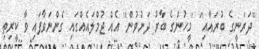
''ދަރަނީގެ ބުރައާއި'' ''މީހުންގެ ބާރު ދަށުވުން'' އެއް ޖުމްލައެއްގައި ގެންނަވާފައި ވާ ކީރިތި